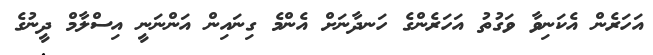
އަހަރެން އެކަނިވާ ވަގުތު އަހަރެންގެ ހަނދާނަށް އެންމެ ގިނައިން އަންނަނީ އިސްލާމް ދީނުގެ